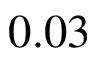
0 . 0 3